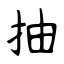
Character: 抽